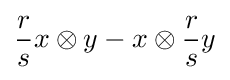
{r \over s}x\otimes y-x\otimes {r \over s}y